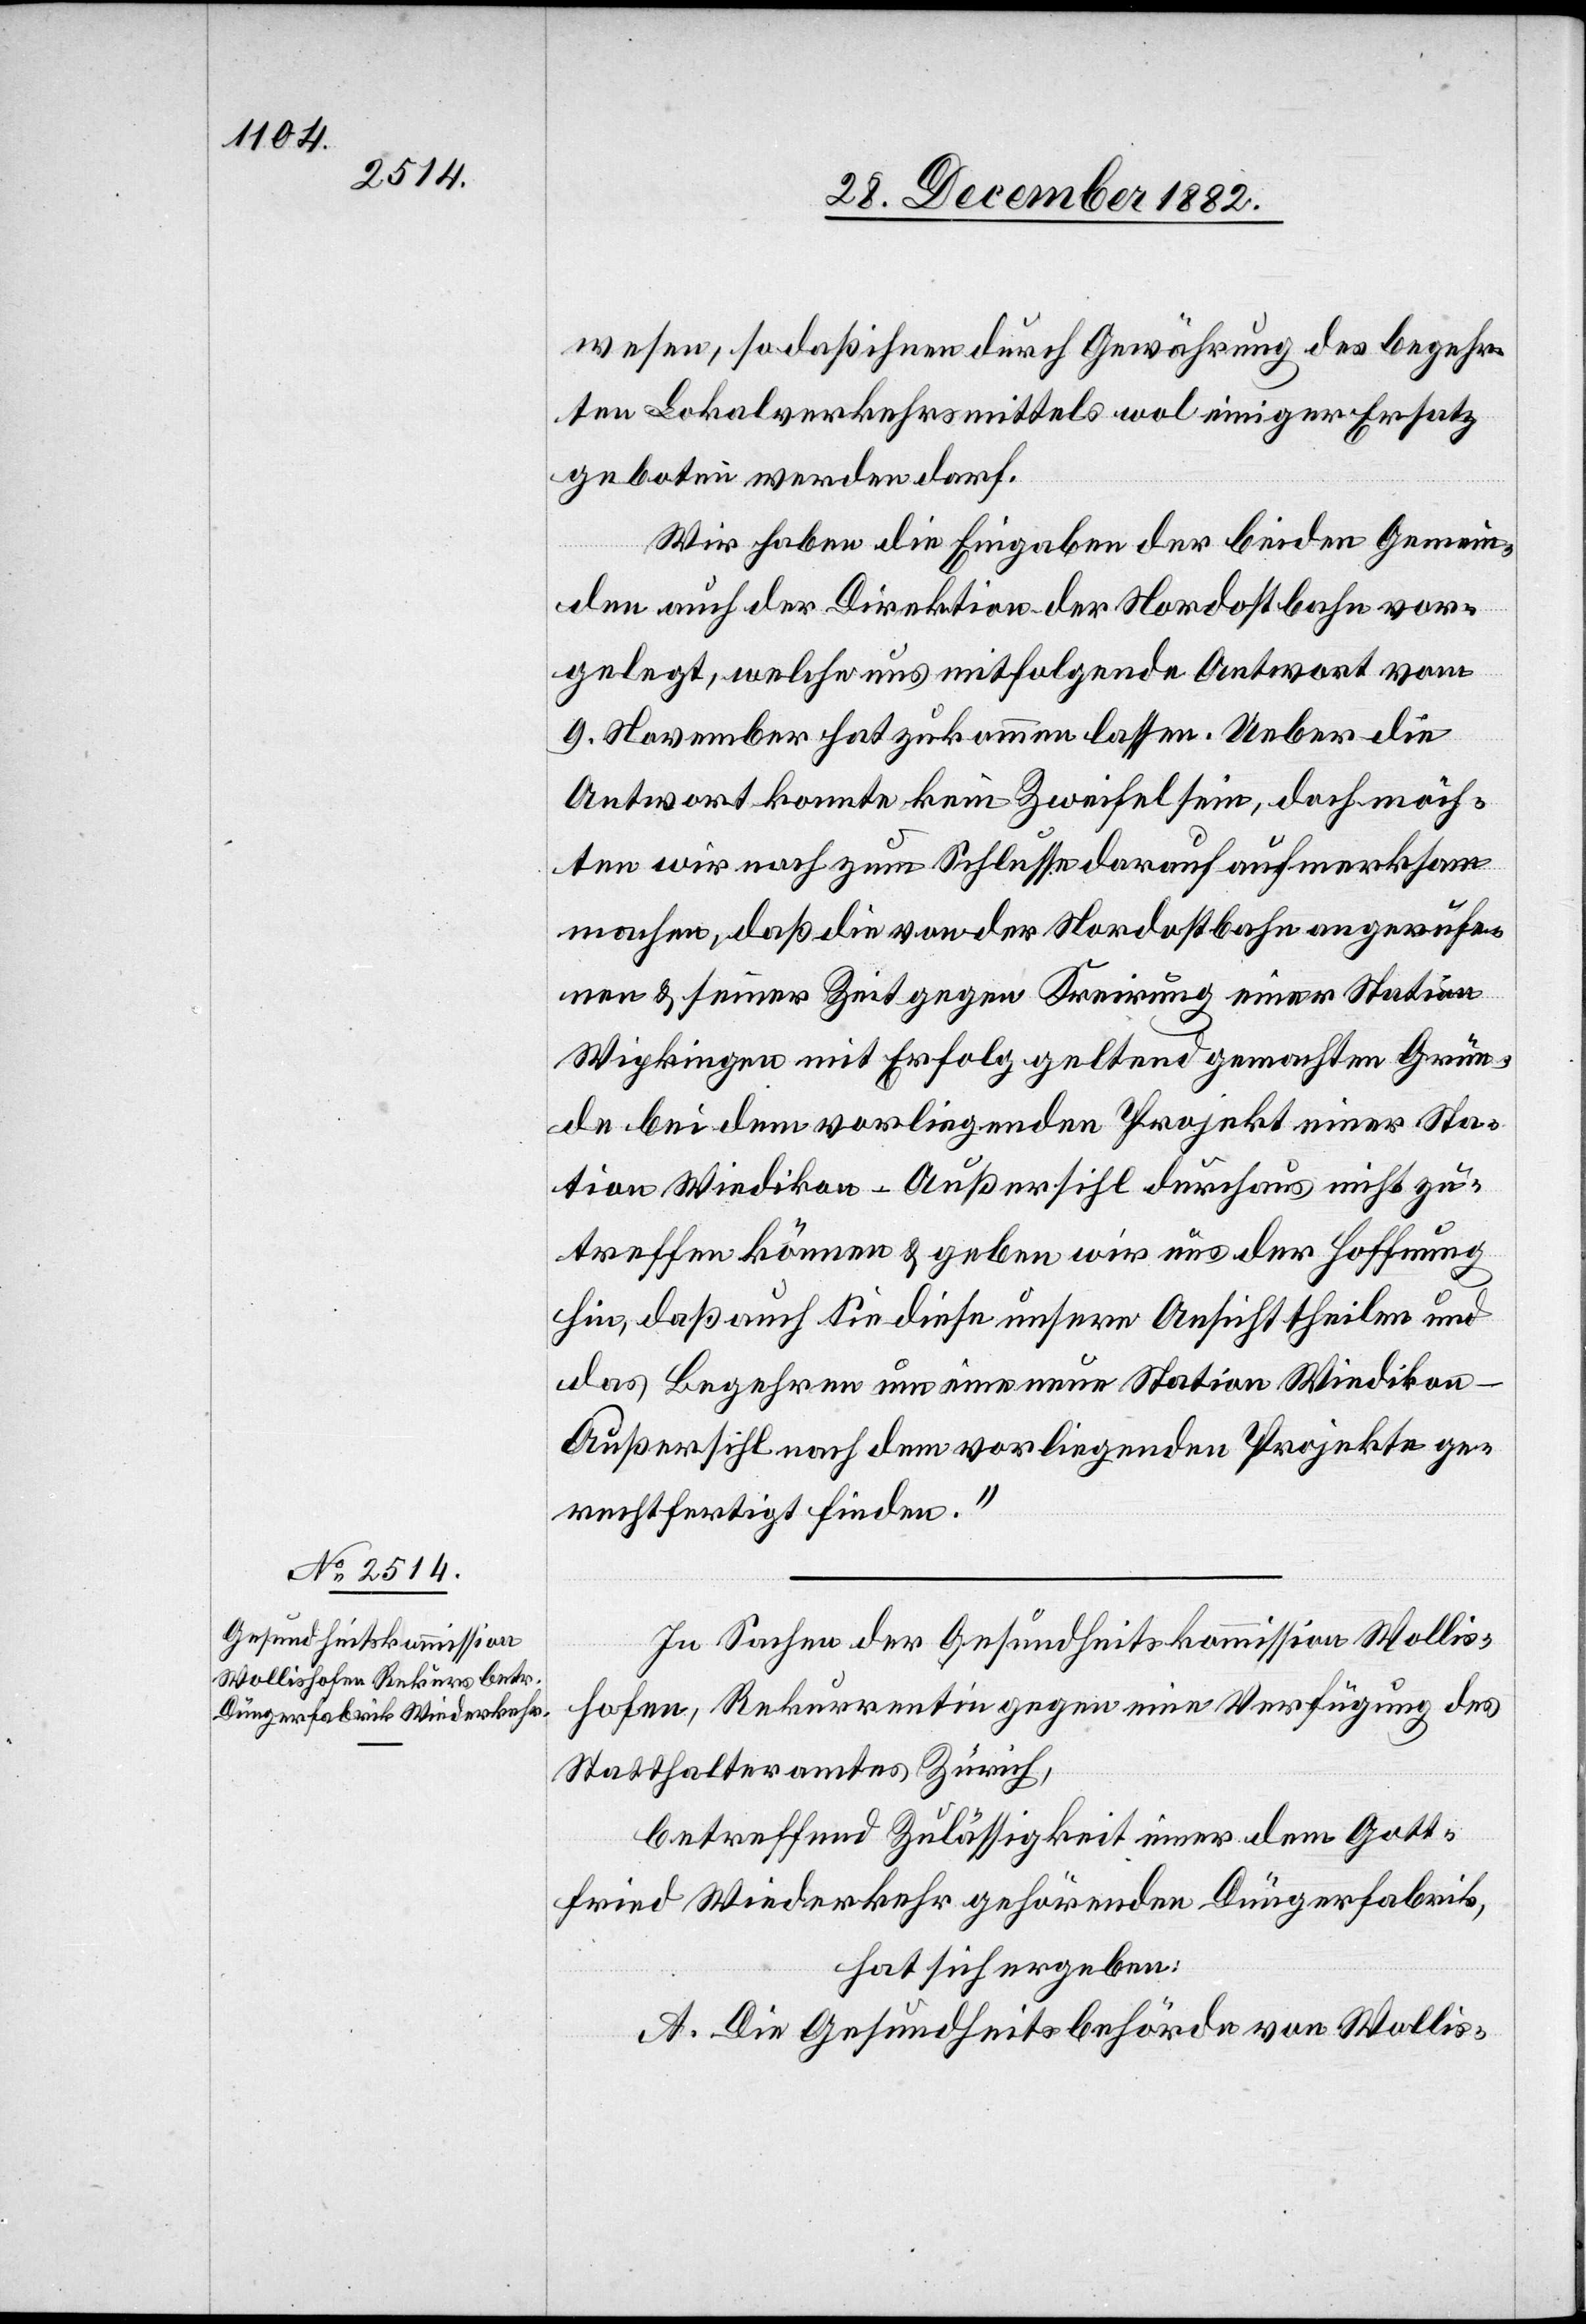
wesen, so daß ihnen durch Gewährung des begehr¬
ten Lokalverkehrsmittels wol einiger Ersatz
geboten werden darf.
Wir haben die Eingaben der beiden Gemein¬
den auch der Direktion der Nordostbahn vor¬
gelegt, welche uns mitfolgende Antwort vom
9. November hat zukommen lassen. Ueber die
Antwort konnte kein Zweifel sein, doch möch¬
ten wir noch zum Schlusse darauf aufmerksam
machen, daß die von der Nordostbahn angerufe¬
nen & seiner Zeit gegen Kreirung einer Station
Wipkingen mit Erfolg geltend gemachten Grün¬
de bei dem vorliegenden Projekt einer Sta¬
tion Wiedikon-Außersihl durchaus nicht zu¬
treffen können & geben wir uns der Hoffnung
hin, daß auch Sie diese unsere Ansicht theilen und
das Begehren um eine neue Station Wiedikon
Außersihl nach dem vorliegenden Projekte ge¬
rechtfertigt finden.“
In Sachen der Gesundheitskommission Wollis¬
hofen, Rekurrentin gegen eine Verfügung des
Statthalteramtes Zürich,
betreffend Zulässigkeit einer dem Gott¬
fried Wiederkehr gehörenden Düngerfabrik,
hat sich ergeben:
A. Die Gesundheitsbehörde von Wollis-